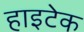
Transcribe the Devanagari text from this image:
हाइटेक